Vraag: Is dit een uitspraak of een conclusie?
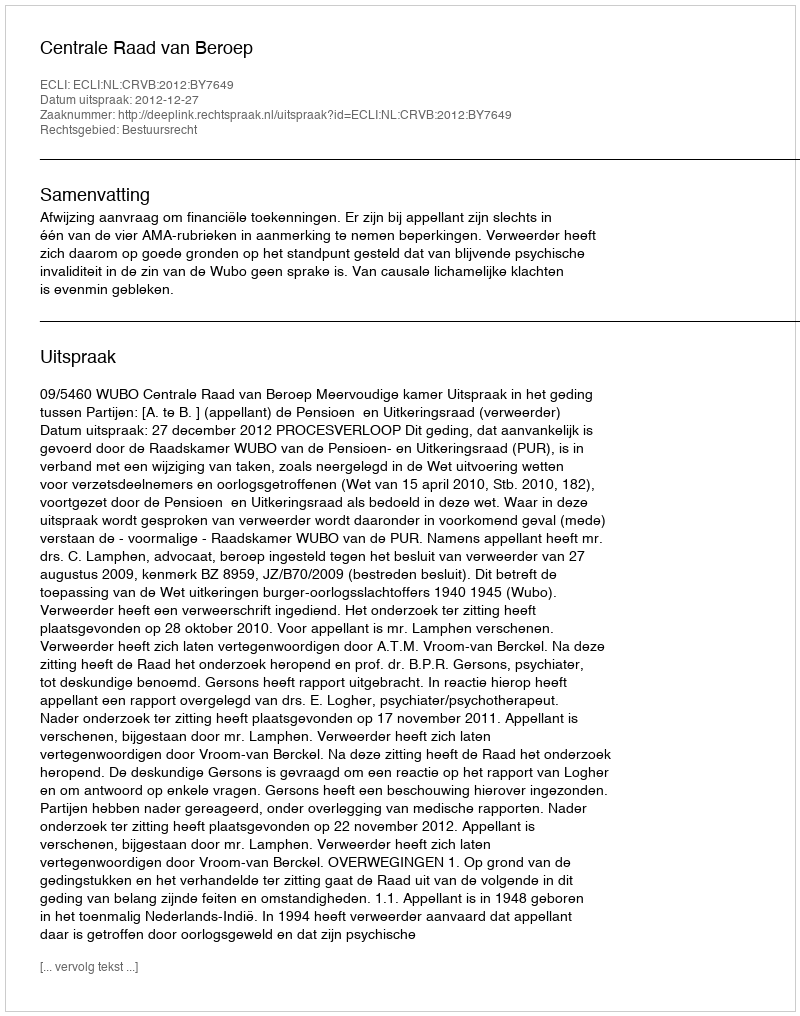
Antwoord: Uitspraak